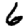
Digit: 6